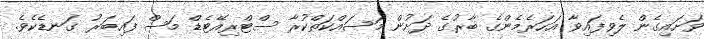
ވަށައިގެން ލެވިފައިވާ އަަހަރެމެންގެ ބާރުގެ ދަށުން މަސައްކަތްކުރާ ސްޓްރިއޭޓެޑް މަސް ފައިބަރު ގަނޑެކެވެ.